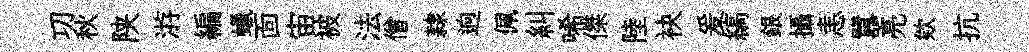
㓛秋陕㳺編蠟靣宙被法僧隷逈佩糾唏傑陸袂爰縞銀攝恚囂亮欸抗